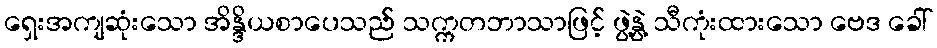
ရှေးအကျဆုံးသော အိန္ဒိယစာပေသည် သက္ကတဘာသာဖြင့် ဖွဲ့နွဲ့ သီကုံးထားသော ဗေဒ ခေါ်